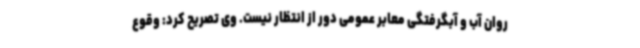
روان آب و آبگرفتگی معابر عمومی دور از انتظار نیست. وی تصریح کرد: وقوع